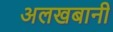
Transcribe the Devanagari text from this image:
अलखबानी